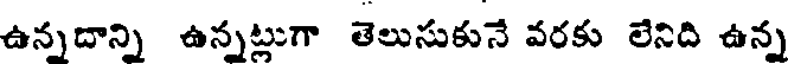
ఉన్నదాన్ని ఉన్నట్లుగా తెలుసుకునే వరకు లేనిది ఉన్న